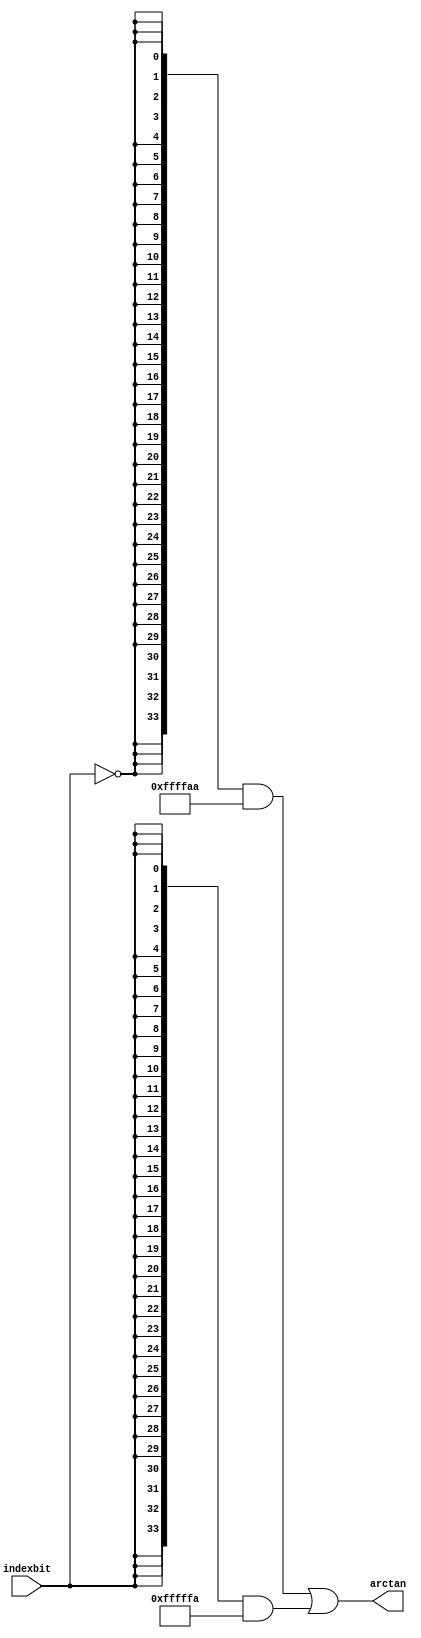
module  sin_altfp_sincos_cordic_atan_c5b
	(
	arctan,
	indexbit) ;
	output   [33:0]  arctan;
	input   indexbit;
`ifndef ALTERA_RESERVED_QIS
// synopsys translate_off
`endif
	tri0   indexbit;
`ifndef ALTERA_RESERVED_QIS
// synopsys translate_on
`endif
	wire  [47:0]  valuenode_10_w;
	wire  [47:0]  valuenode_8_w;
	assign
		arctan = (({34{(~ indexbit)}} & valuenode_8_w[47:14]) | ({34{indexbit}} & valuenode_10_w[45:12])),
		valuenode_10_w = 48'b000000000000111111111111111111111010101010101011,
		valuenode_8_w = 48'b000000000011111111111111111010101010101010110111;
endmodule